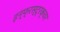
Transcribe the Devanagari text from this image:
इन्फ्रस्ट्रक्चर